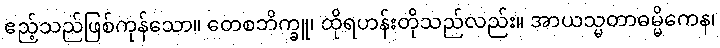
ဧည့်သည်ဖြစ်ကုန်သော။ တေစဘိက္ခူ၊ ထိုရဟန်းတိုသည်လည်း။ အာယသ္မတာဓမ္မိကေန၊